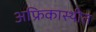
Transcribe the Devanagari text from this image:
अफ्रिकास्थीत